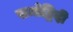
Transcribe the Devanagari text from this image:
समोद्भिदी